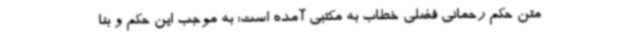
متن حکم رحمانی فضلی خطاب به مکتبی آمده است: به موجب این حکم و بنا